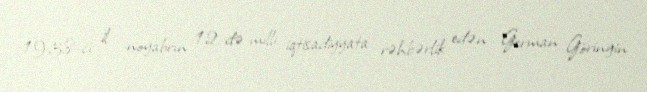
1938-ci il noyabrın 12-də milli iqtisadiyyata rəhbərlik edən German Göringin